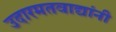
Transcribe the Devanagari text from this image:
उदारमतवाद्यांनी